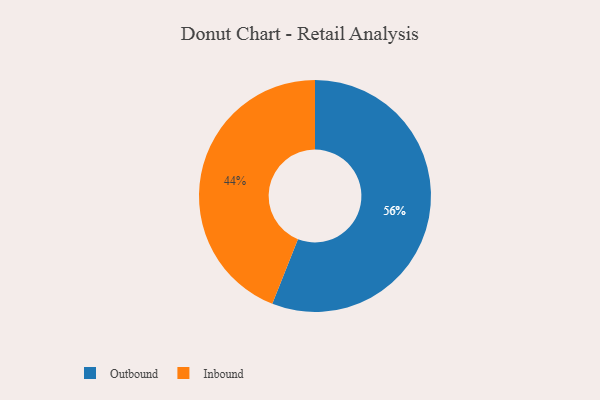
{"axis": {"x": "Category", "y": "Percentage"}, "legend": ["Inbound", "Outbound"], "data": [{"x": "Outbound", "y": 56, "type": "Outbound"}, {"x": "Inbound", "y": 44, "type": "Inbound"}]}